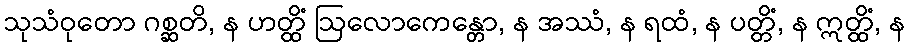
သုသံဝုတော ဂစ္ဆတိ, န ဟတ္ထိံ ဩလောကေန္တော, န အဿံ, န ရထံ, န ပတ္တိံ, န ဣတ္ထိံ, န